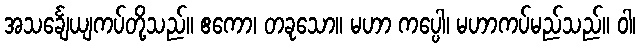
အသင်္ချေယျကပ်တို့သည်။ ဧကော၊ တခုသော။ မဟာ ကပ္ပေါ၊ မဟာကပ်မည်သည်။ ဝါ၊